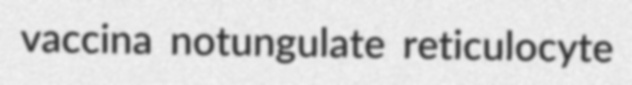
vaccina notungulate reticulocyte